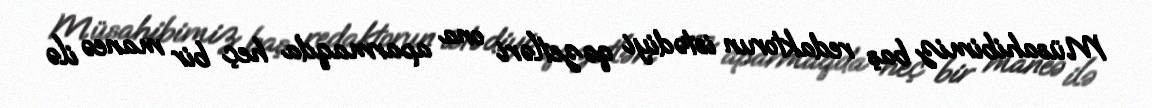
Müsahibimiz baş redaktorun istədiyi qəzetləri ona aparmaqda heç bir maneə ilə